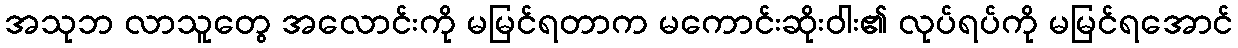
အသုဘ လာသူတွေ အလောင်းကို မမြင်ရတာက မကောင်းဆိုးဝါး၏ လုပ်ရပ်ကို မမြင်ရအောင်